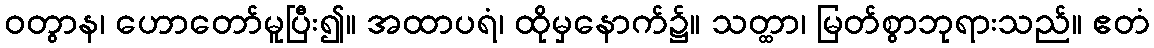
ဝတွာန၊ ဟောတော်မူပြီး၍။ အထာပရံ၊ ထိုမှနောက်၌။ သတ္ထာ၊ မြတ်စွာဘုရားသည်။ ဧတံ